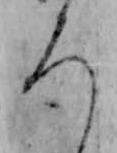
ろ